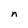
Character: n